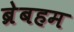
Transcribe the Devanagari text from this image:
ब्रेबहम